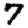
Digit: 7